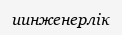
иинженерлік